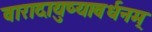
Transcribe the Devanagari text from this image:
वारादायुष्यावर्धनम्